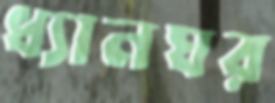
ধ্যানঘর